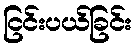
ငြင်းပယ်ခြင်း